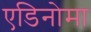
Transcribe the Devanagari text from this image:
एडिनोमा